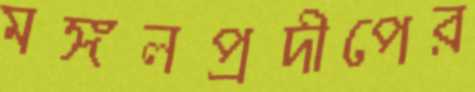
মঙ্গলপ্রদীপের